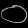
Digit: ၀